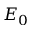
E _ { 0 }